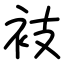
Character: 衼